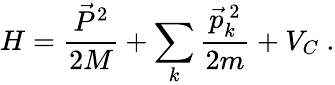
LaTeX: H=\frac{\vec{P}^{2}}{2M}+\sum_{k}\frac{\vec{p}_{k}^{\ 2}}{2m}+V_{C}\ .